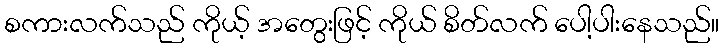
စကားလက်သည် ကိုယ့် အတွေးဖြင့် ကိုယ် စိတ်လက် ပေါ့ပါးနေသည်။